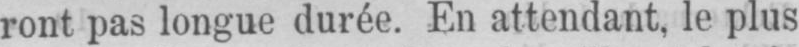
ront pas longue durée. En attendant, le plus